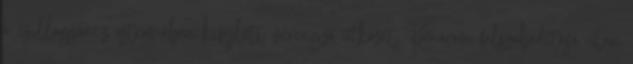
a csillagsáncz ostromában kifejlett vérengző ütközet. Komárom felszabadítása után